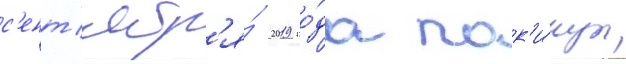
с'ент'ябр'я́ 2019 го́да пок'и́нул